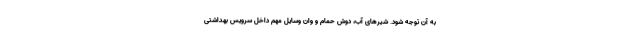
به آن توجه شود. شیرهای آب، دوش حمام و وان وسایل مهم داخل سرویس بهداشتی